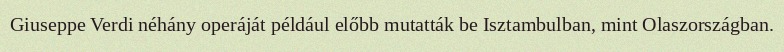
Giuseppe Verdi néhány operáját például előbb mutatták be Isztambulban, mint Olaszországban.